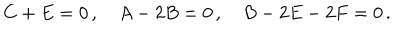
LaTeX: C + E = 0 \, , \quad A - 2 B = 0 \, , \quad B - 2 E - 2 F = 0 \, .